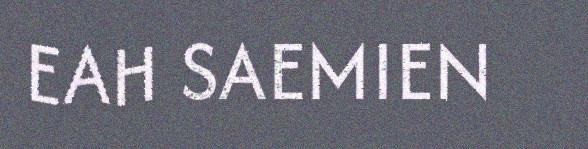
EAH SAEMIEN